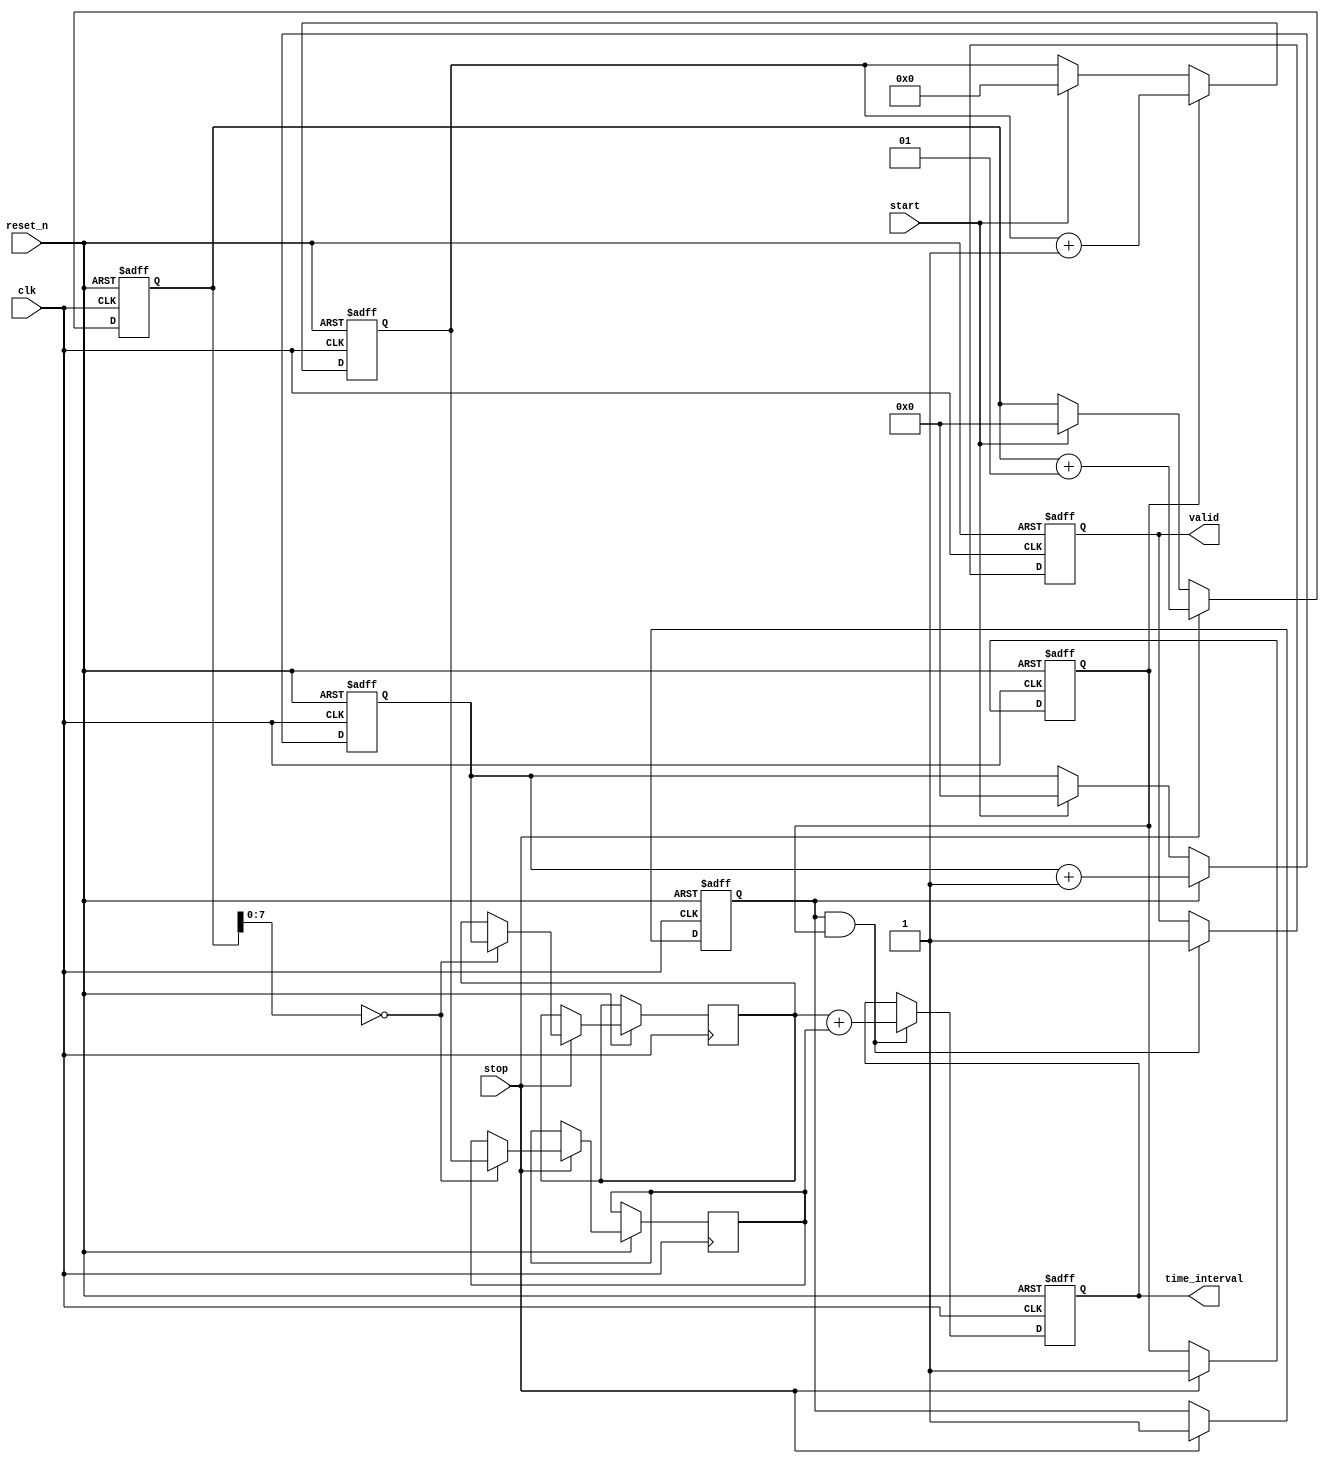
module TDC (
    input wire clk,                   // Main clock
    input wire reset_n,               // Active low reset
    input wire start,                 // Start trigger
    input wire stop,                  // Stop trigger
    output reg [31:0] time_interval,  // Output time interval
    output reg valid                  // Indicates valid output
);

    // Parameters for coarse and fine resolution
    parameter COARSE_RESOLUTION = 32; // Coarse time resolution in ns
    parameter FINE_RESOLUTION = 8;     // Fine time resolution in ps

    // Coarse measurement counter
    reg [31:0] coarse_counter;
    reg coarse_valid;

    // Fine measurement
    reg [FINE_RESOLUTION-1:0] fine_counter;
    reg fine_valid;

    // Memory blocks to store measurements
    reg [31:0] coarse_memory [0:255]; // Coarse time storage
    reg [FINE_RESOLUTION-1:0] fine_memory [0:255]; // Fine time storage
    integer index;

    // Control logic for the TDC
    always @(posedge clk or negedge reset_n) begin
        if (!reset_n) begin
            coarse_counter <= 0;
            fine_counter <= 0;
            index <= 0;
            time_interval <= 0;
            valid <= 0;
            coarse_valid <= 0;
            fine_valid <= 0;
        end else begin
            // Start timing
            if (start) begin
                coarse_counter <= 0;
                fine_counter <= 0;
                index <= 0;
            end
            
            // Stop timing
            if (stop) begin
                coarse_memory[index] <= coarse_counter;
                fine_memory[index] <= fine_counter;
                coarse_valid <= 1;
                fine_valid <= 1;
                index <= index + 1; // store next measurement
            end
            
            // Coarse measurement logic
            if (coarse_valid) begin
                coarse_counter <= coarse_counter + 1; // Increment coarse counter
            end
            
            // Fine measurement logic (sample on some high frequency clock)
            if (fine_valid) begin
                fine_counter <= fine_counter + 1; // Increment fine counter
            end
            
            // Interpolation logic (simple linear interpolation for example)
            if (coarse_valid && fine_valid) begin
                time_interval <= coarse_memory[0] + fine_memory[0]; // Basic example
                valid <= 1; // Set valid output
            end
        end
    end
endmodule